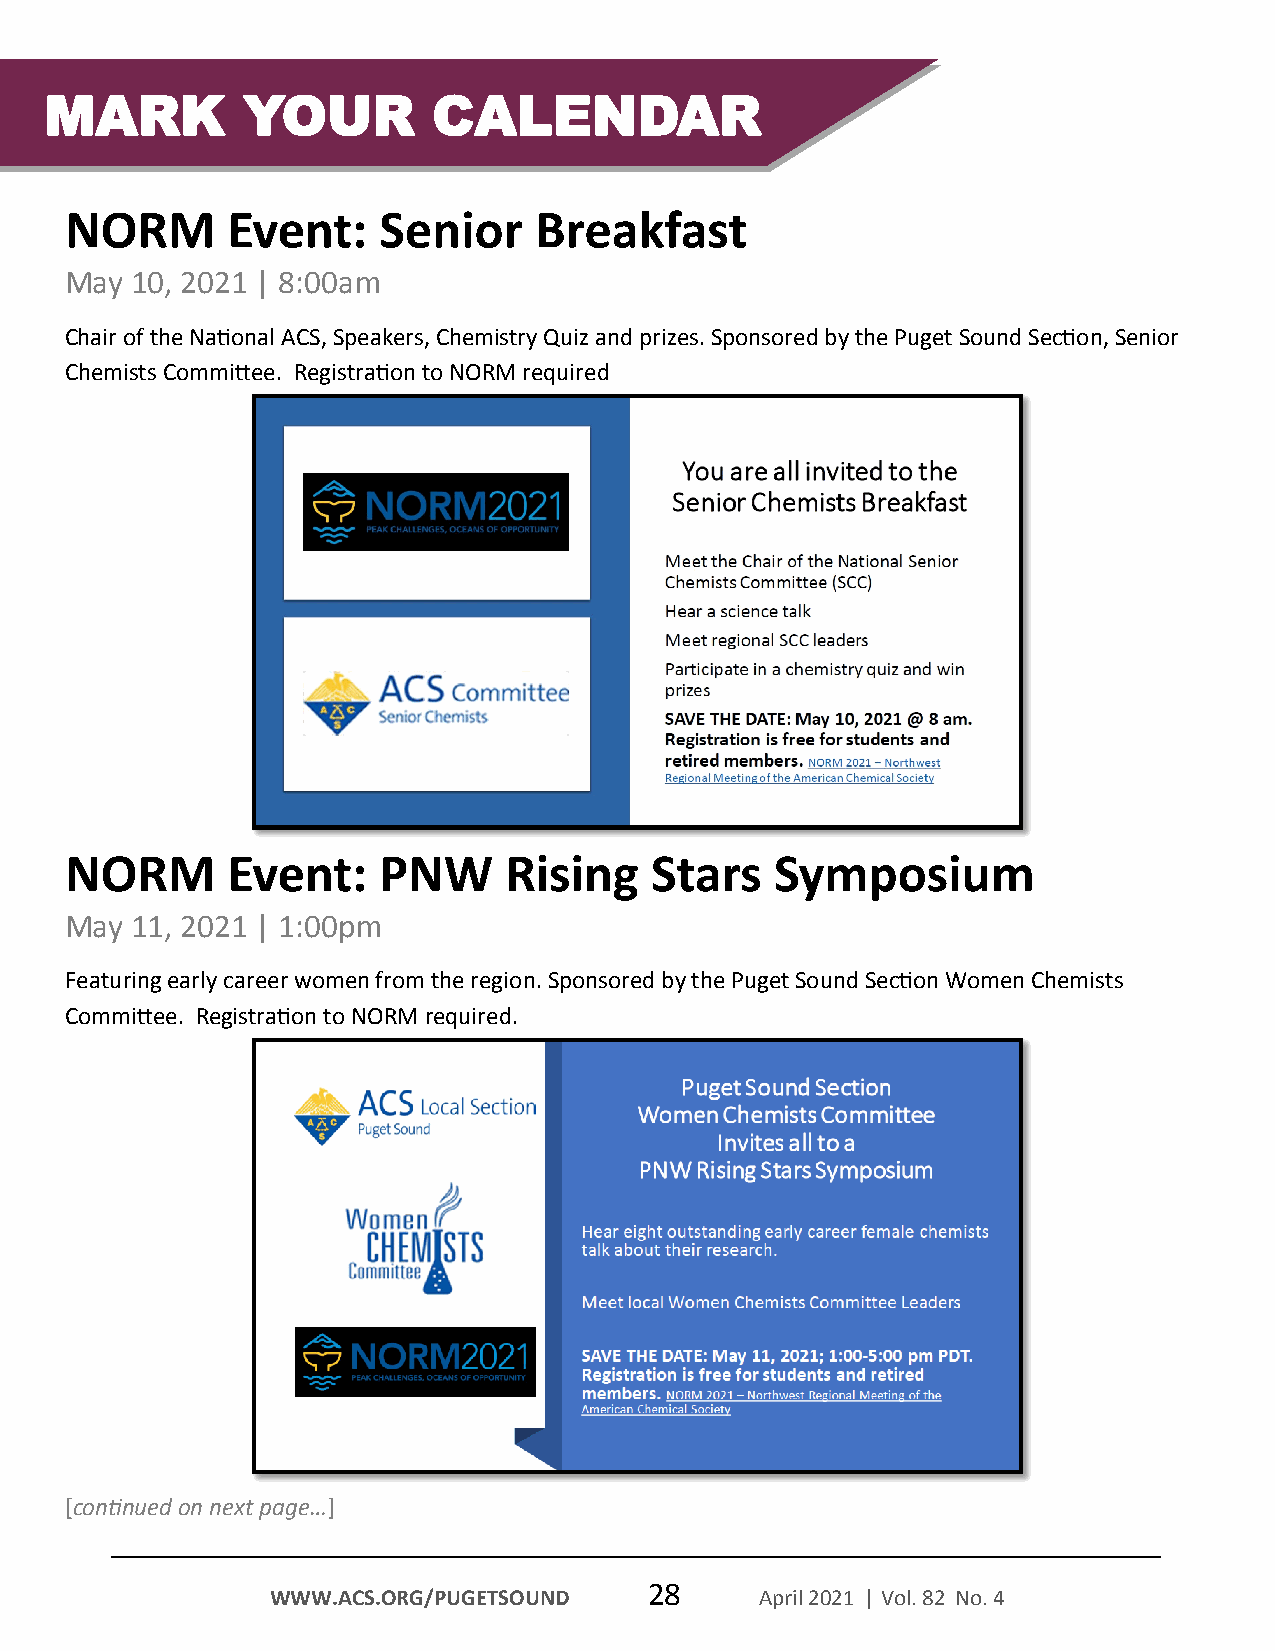
MARK         YOUR         CALENDAR
 NORM       Event:    Senior    Breakfast
 May  10, 2021 | 8:00am
 Chair of the National ACS, Speakers, Chemistry Quiz and prizes. Sponsored by the Puget Sound Section, Senior
 Chemists Committee. Registration to NORM required
 NORM       Event:    PNW     Rising    Stars   Symposium
 May  11, 2021 | 1:00pm
 Featuring early career women from the region. Sponsored by the Puget Sound Section Women Chemists
 Committee. Registration to NORM required.
 [continued on next page…]
 28
 WWW.ACS.ORG/PUGETSOUND          April 2021 | Vol. 82 No. 4